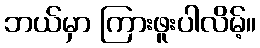
ဘယ်မှာ ကြားဖူးပါလိမ့်။